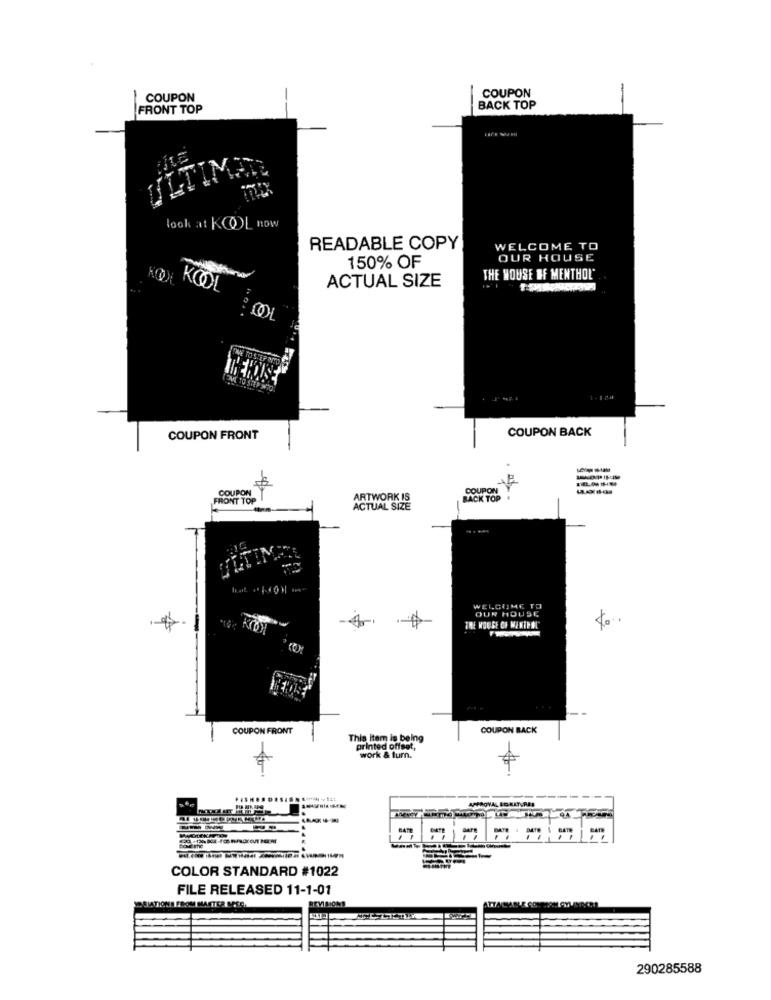
COUPON
COUPON
FRONT TOP
BACK TOP
look at KOOL HOW
READABLE COPY
WELCOME TO
150% OF
OUR HOUSE
ACTUAL SIZE
THE HOUSE OF MENTHOL"
KOOL
COUPON BACK
COUPON FRONT
COUPON
COUPON
FRONT TOP
ARTWORK IS
BACK TOP
ACTUAL SIZE
WELCOME TO
OUR HOUSE
to.
COUPON FRONT
COUPON BACK
This item is being
printed offset,
work & turn.
----
BATE
COLOR STANDARD #1022
FILE RELEASED 11-1-01
ATTAC
ASIATIONS FROM MASTER ME.C.
290285588